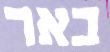
באר